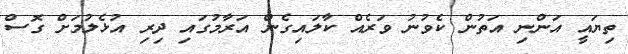
ތިޔައީ އަންނި އަތުން ކެވުނު ވަރެއް ކާލައިގެން އަރާމުގައި ދިރި އުޅެލުމަށް ގޮސް